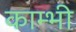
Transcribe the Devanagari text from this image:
काम्भी